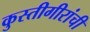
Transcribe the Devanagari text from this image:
कुस्तीगीरांची